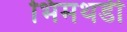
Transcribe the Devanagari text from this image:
भिमथडी